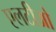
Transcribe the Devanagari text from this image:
एलटीओ